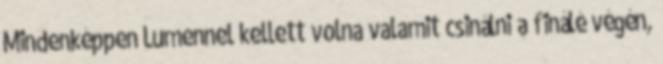
Mindenképpen Lumennel kellett volna valamit csinálni a finálé végén,